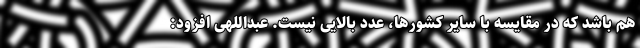
هم باشد که در مقایسه با سایر کشورها، عدد بالایی نیست. عبداللهی افزود: